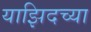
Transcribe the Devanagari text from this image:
याझिदच्या